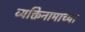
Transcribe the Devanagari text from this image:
व्यक्तिनामाच्या